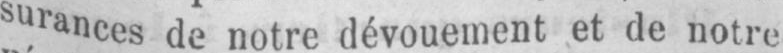
surances de notre dévouement et de notre